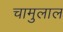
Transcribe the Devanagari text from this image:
चामुलाल